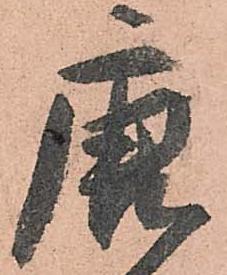
唐